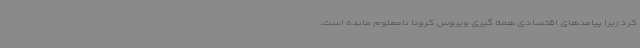
کرد زیرا پیامدهای اقتصادی همه گیری ویروس کرونا نامعلوم مانده است.